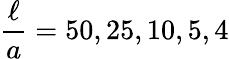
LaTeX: \frac{\ell}{a}=50,25,10,5,4